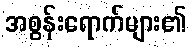
အစွန်းရောက်များ၏